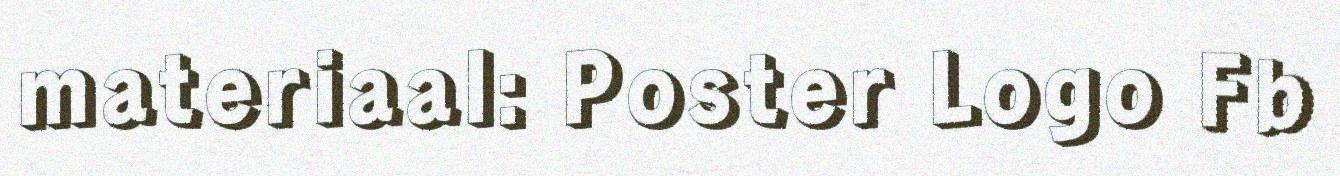
materiaal: Poster Logo Fb